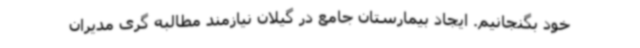
خود بگنجانیم. ایجاد بیمارستان جامع در گیلان نیازمند مطالبه گری مدیران